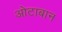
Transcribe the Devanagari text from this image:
ओटाबान